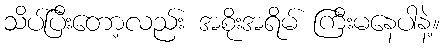
သိပ်ပြီးတော့လည်း အစိုးအရိမ် ကြီးမနေပါနဲ့။